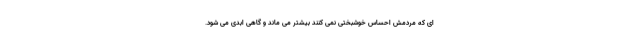
ای که مردمش احساس خوشبختی نمی کنند بیشتر می ماند و گاهی ابدی می شود.